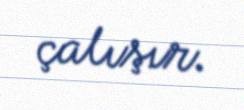
çalışır.